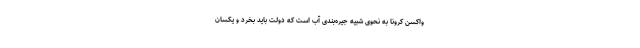
واکسن کرونا به نحوی شبیه جیره‌بندی آب است که دولت باید بخرد و یکسان